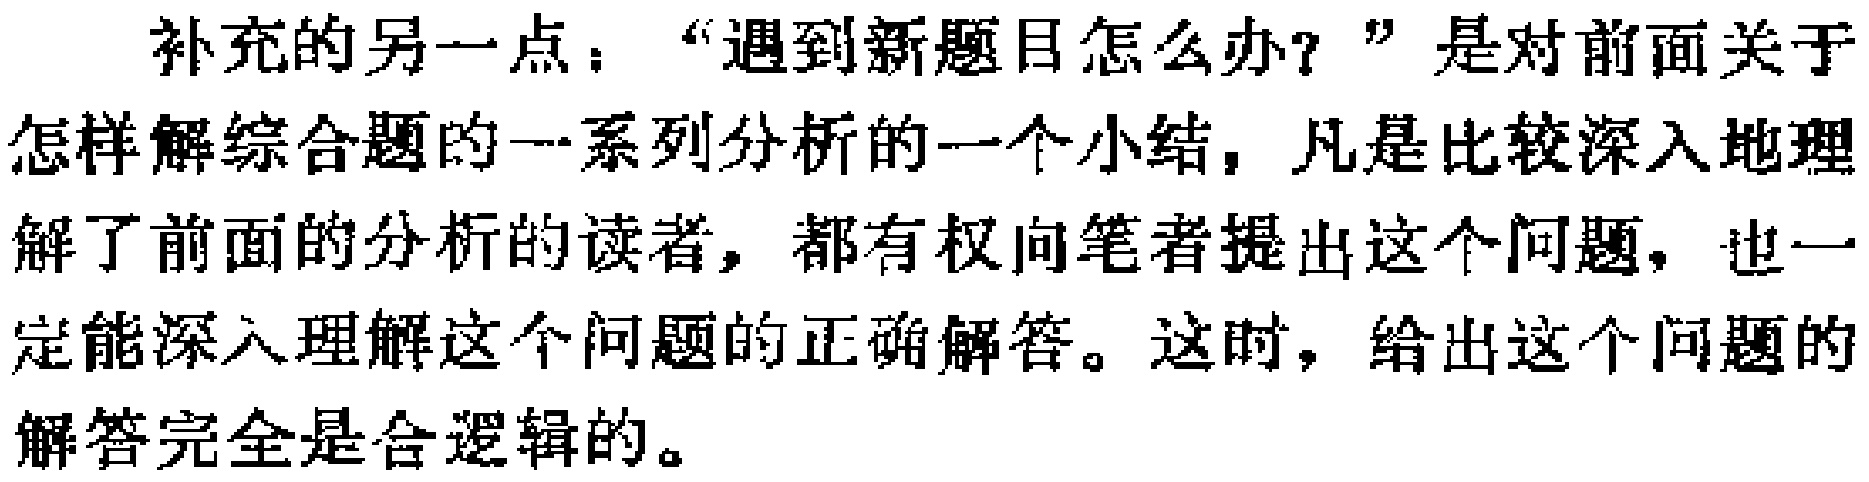
补充的另一点：“遇到新题目怎么办？”是对前面关于怎样解综合题的一系列分析的一个小结，凡是比较深入地理解了前面的分析的读者，都有权向笔者提出这个问题，也一定能深入理解这个问题的正确解答。这时，给出这个问题的解答完全是合逻辑的。